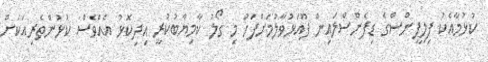
ކުޅުމާއެކު ފިލިޕީންސްގެ ޑިފެންސްލައިން ފޫއަޅުވާލުމަށްފަހު މި ގޯލު ކާމިޔާބުކުރީ އިދިކޮޅު އެއްވެސް ކުޅުންތެރިއަކަށް